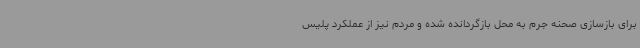
برای بازسازی صحنه جرم به محل بازگردانده شده و مردم نیز از عملکرد پلیس